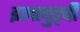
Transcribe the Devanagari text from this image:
इलापुड्ची